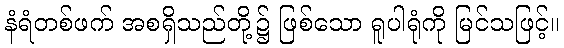
နံရံတစ်ဖက် အစရှိသည်တို့၌ ဖြစ်သော ရူပါရုံကို မြင်သဖြင့်။